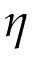
\eta